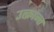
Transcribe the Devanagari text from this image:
उत्क्रान्त